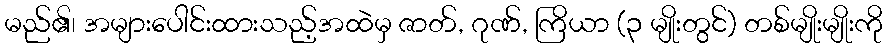
မည်၏၊ အများပေါင်းထားသည့်အထဲမှ ဇာတ်, ဂုဏ်, ကြိယာ (၃ မျိုးတွင်) တစ်မျိုးမျိုးကို